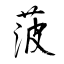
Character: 菠